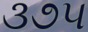
૩૭૫